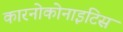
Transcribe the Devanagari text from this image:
कारनोकोनाइटिस